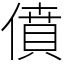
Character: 僨